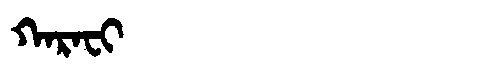
Manchu: ᡴᠠᡵᠠᠸᡳ
Romanization: KARAFI